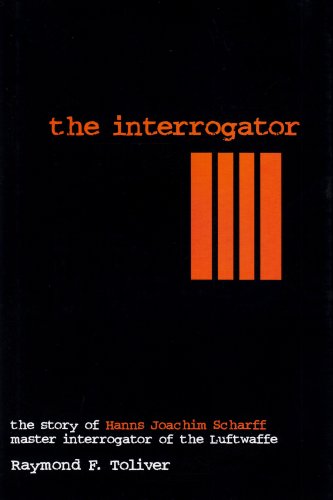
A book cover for The Interrogator: The Story of Hanns Joachim Scharff, Master Interrogator of the Luftwaffe (Schiffer Military History); Raymond F. Toliver; History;